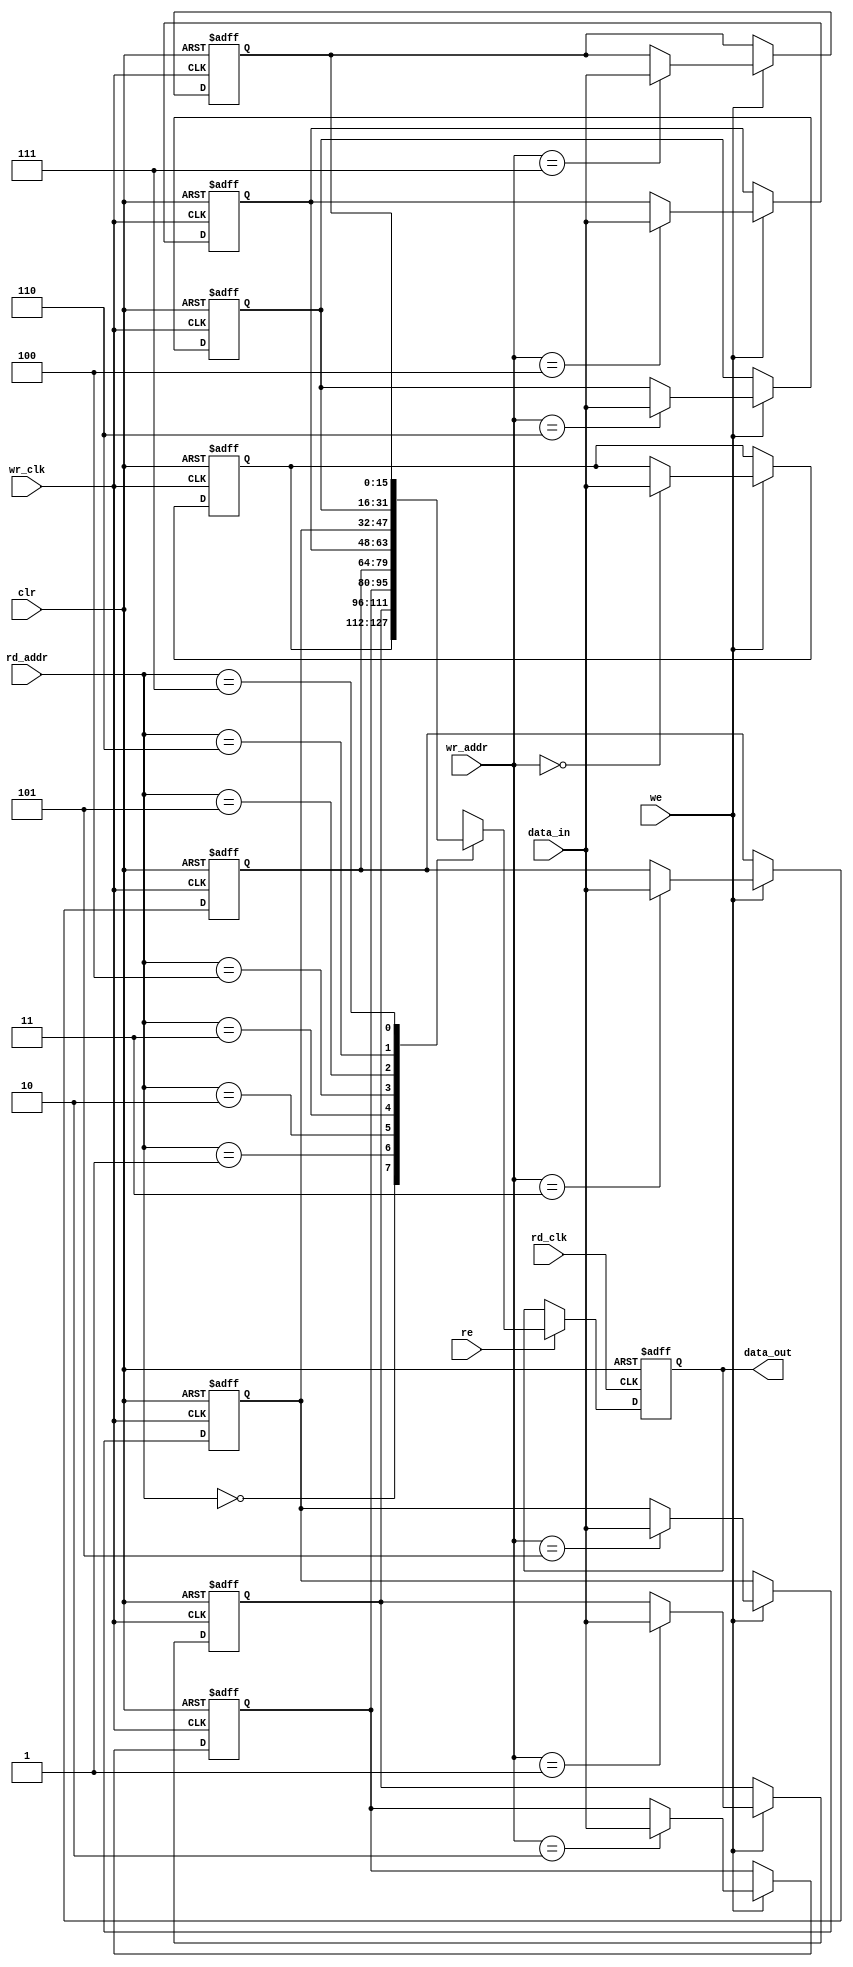
module asyn_dual_port_8x16(wr_clk,we,clr,data_in,wr_addr,rd_clk,re,rd_addr,data_out);
	parameter WIDTH = 16;
	parameter DEPTH = 8;
	parameter ADDR  = 3;

	input wr_clk,we,clr;
	input [WIDTH-1:0] data_in;
	input [ADDR-1:0] wr_addr;
	input rd_clk,re;
	input [ADDR-1:0] rd_addr;
	output reg [WIDTH-1:0] data_out;
	integer i;

	reg [WIDTH-1:0]mem[0:DEPTH-1];

	always@(posedge wr_clk or posedge clr)
		begin
		if(clr)
			begin
				for(i=0;i<8;i=i+1)
				mem[i]<=0;
			end
		else if(we==1)
			mem[wr_addr]<=data_in;
		end
	always@(posedge rd_clk or posedge clr)
		begin
		if(clr)
			data_out<=0;
		else if (re==1)
			data_out <= mem[rd_addr];
		end
endmodule